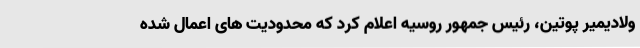
ولادیمیر پوتین، رئیس جمهور روسیه اعلام کرد که محدودیت های اعمال شده